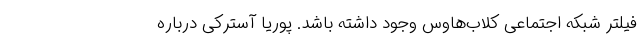
فیلتر شبکه اجتماعی کلاب‌هاوس وجود داشته باشد. پوریا آسترکی درباره